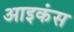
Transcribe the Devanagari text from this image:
आइकंस